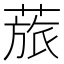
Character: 𱾊